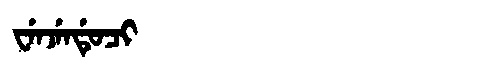
Manchu: ᠸᡝᠨᠵᡝᠨᡩᡠᠴᡳ
Romanization: WENJENDUCI